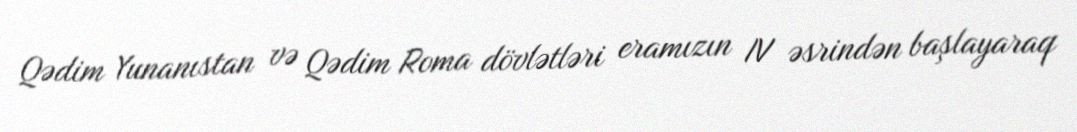
Qədim Yunanıstan və Qədim Roma dövlətləri eramızın IV əsrindən başlayaraq